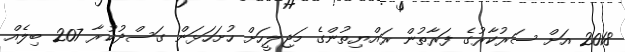
2018 އަށް ސަރުކާރުގެ ފަރާތުން ރައްޔިތުންގެ މަޖިލީހަށް ހުށަހަޅަން ގަސްދުކުރާ 207 ބިލެއް